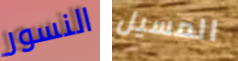
النسور المسيل